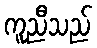
ကူညီသည်